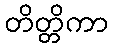
တိတ္တိကာ